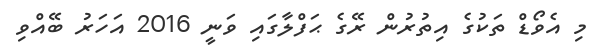
މި އެވޯޑް ތަކުގެ އިތުރުން ރޭގެ ޙަފްލާގައި ވަނީ 2016 އަހަރު ބޭއްވި